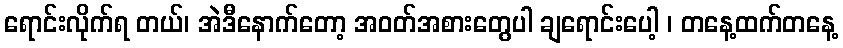
ရောင်းလိုက်ရ တယ်၊ အဲဒီနောက်တော့ အဝတ်အစားတွေပါ ချရောင်းပေါ့ ၊ တနေ့ထက်တနေ့